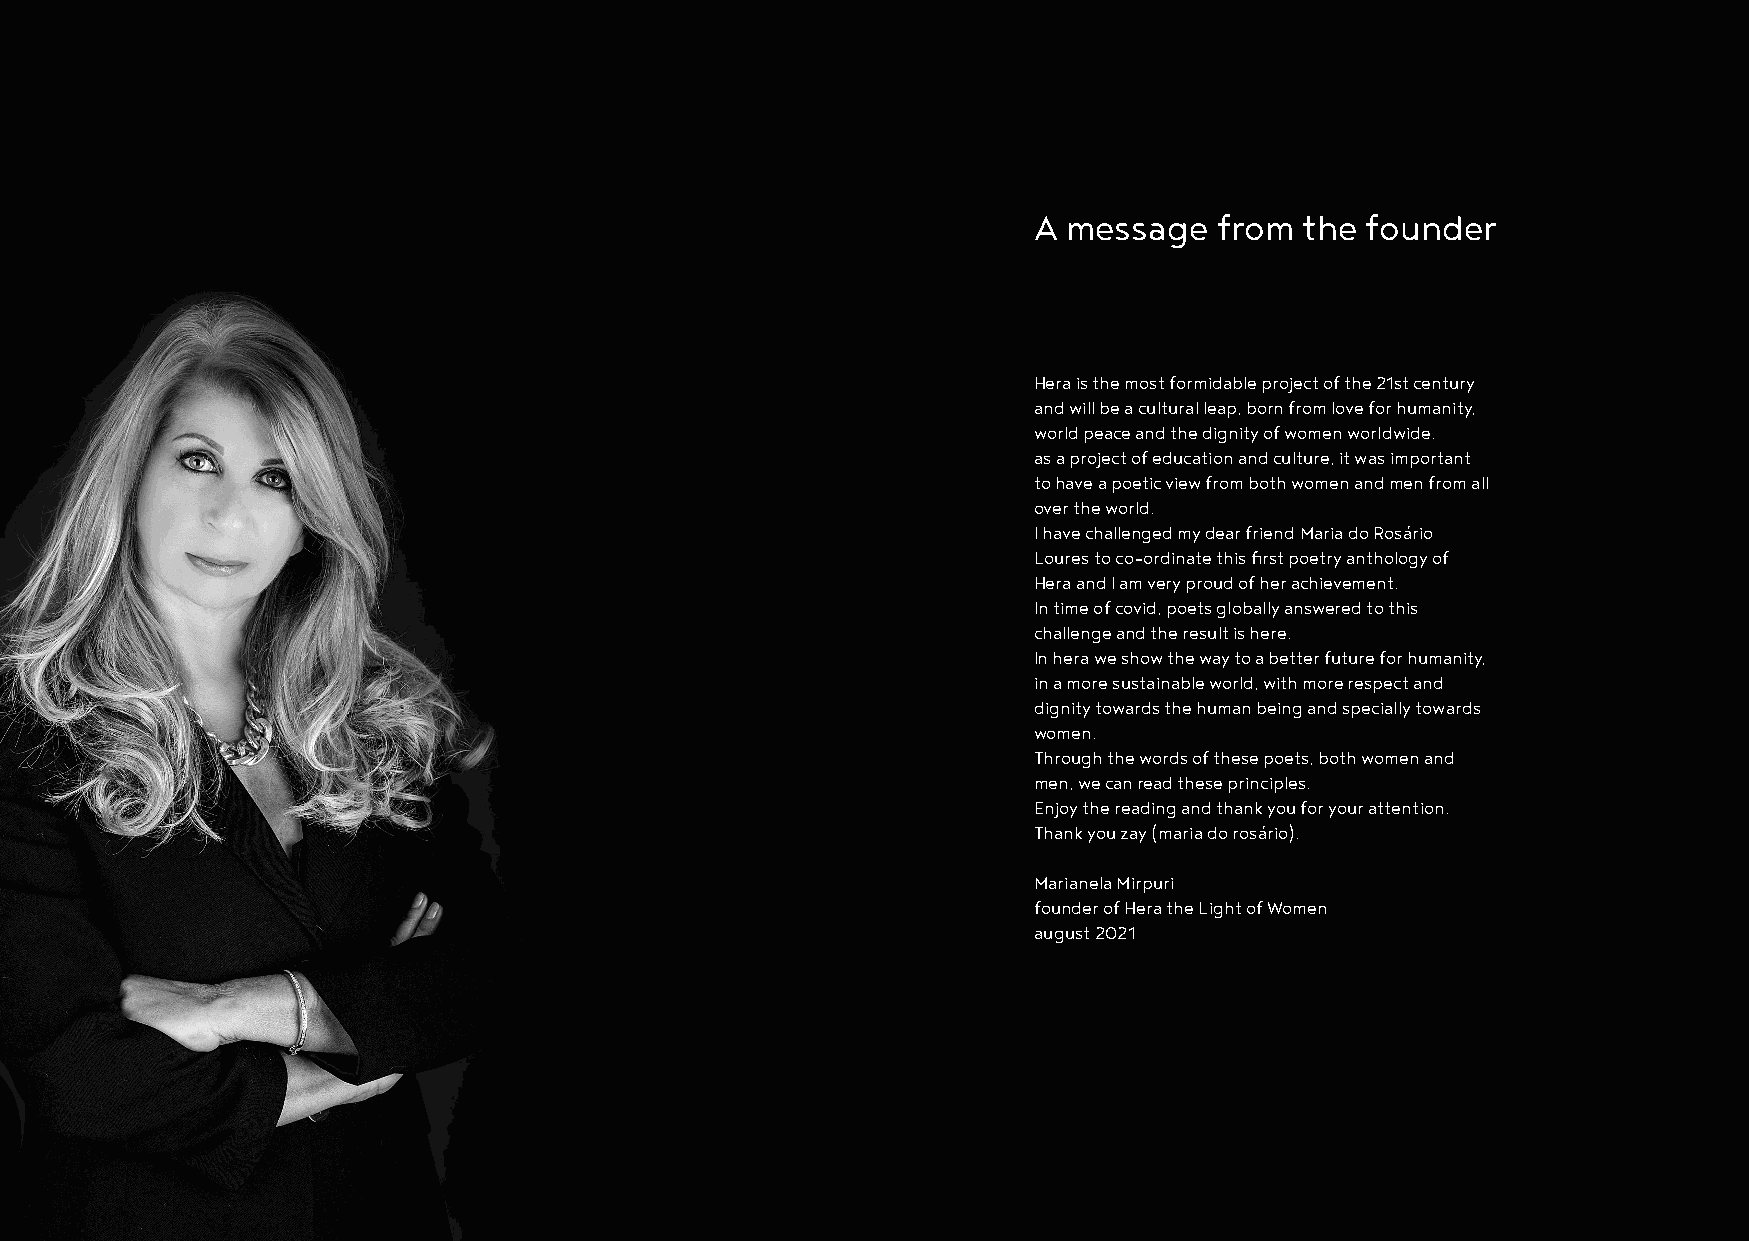
A  message   from the founder
 Hera is the most formidable project of the 21st century
 and will be a cultural leap, born from love for humanity,
 world peace and the dignity of women worldwide.
 as a project of education and culture, it was important
 to have a poetic view from both women and men from all
 over the world.
 I have challenged my dear friend Maria do Rosário
 Loures to co-ordinate this first poetry anthology of
 Hera and I am very proud of her achievement.
 In time of covid, poets globally answered to this
 challenge and the result is here.
 In hera we show the way to a better future for humanity,
 in a more sustainable world, with more respect and
 dignity towards the human being and specially towards
 women.
 Through the words of these poets, both women and
 men, we can read these principles.
 Enjoy the reading and thank you for your attention.
 Thank you zay (maria do rosário).
 Marianela Mirpuri
 founder of Hera the Light of Women
 august 2021
 8                                                                                                        9